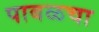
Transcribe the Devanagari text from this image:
पाबळचा